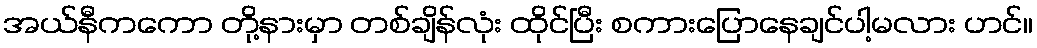
အယ်နီကကော တို့နားမှာ တစ်ချိန်လုံး ထိုင်ပြီး စကားပြောနေချင်ပါ့မလား ဟင်။